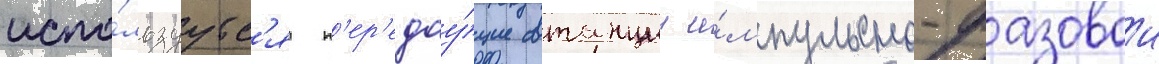
испо́льзуутс'я п'ер'едау́щие станции и́мпульсно-фазовои